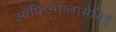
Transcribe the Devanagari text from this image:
ऑफिओग्लासेसिई